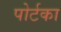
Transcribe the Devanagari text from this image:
पोर्टका